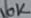
Text: 10K